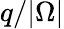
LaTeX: q/|\Omega|